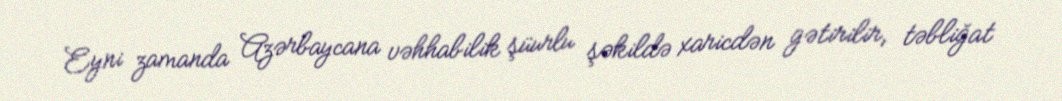
Eyni zamanda Azərbaycana vəhhabilik şüurlu şəkildə xaricdən gətirilir, təbliğat